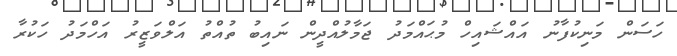
ހަސަން މަނިކުފާނު އައްޝައިހް މުޙައްމަދު ޖަމާލުއްދީން ނައިބު ތުއްތު އަލްވަޒީރު އަހްމަދު ހަކުރާ